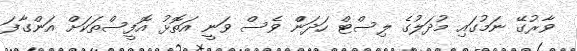
ވާރުގޭ ނަމުގައި މުދަލުގެ ލިސްޓް ހަދަންް ވެސް ވަނީ އަތޮޅު އޮފީސްތަކަށް އަންގާފަ